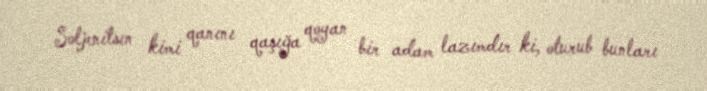
Soljenitsın kimi qanını qaşığa qoyan bir adam lazımdır ki, oturub bunları